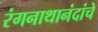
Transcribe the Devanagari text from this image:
रंगनाथानंदांचे